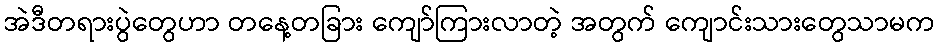
အဲဒီတရားပွဲတွေဟာ တနေ့တခြား ကျော်ကြားလာတဲ့ အတွက် ကျောင်းသားတွေသာမက